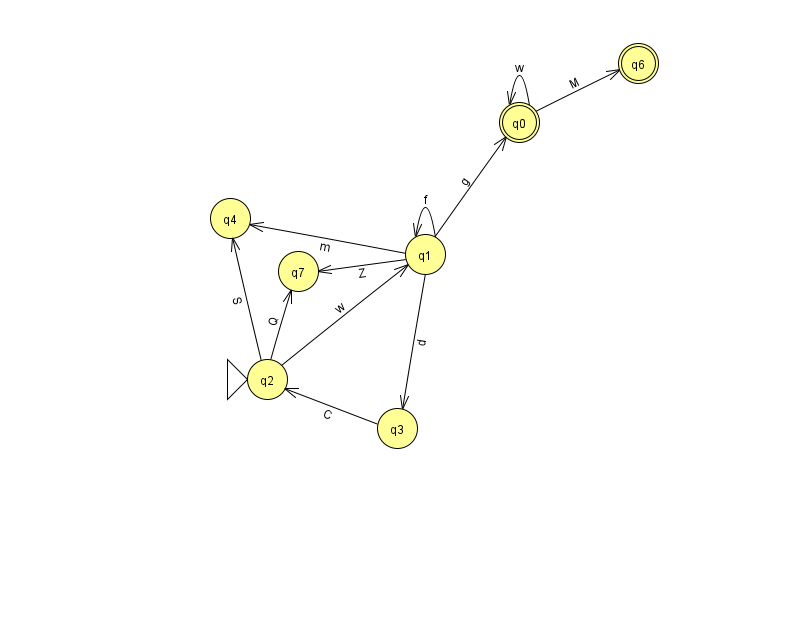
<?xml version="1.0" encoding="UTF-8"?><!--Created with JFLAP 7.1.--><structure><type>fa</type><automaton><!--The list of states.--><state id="0" name="q0"><x>519.0</x><y>109.0</y><final/></state><state id="1" name="q1"><x>425.0</x><y>241.0</y></state><state id="2" name="q2"><x>267.0</x><y>366.0</y><initial/></state><state id="3" name="q3"><x>397.0</x><y>415.0</y></state><state id="4" name="q4"><x>230.0</x><y>205.0</y></state><state id="6" name="q6"><x>638.0</x><y>50.0</y><final/></state><state id="7" name="q7"><x>298.0</x><y>258.0</y></state><!--The list of transitions.--><transition><from>2</from><to>4</to><read>S</read></transition><transition><from>1</from><to>0</to><read>g</read></transition><transition><from>1</from><to>4</to><read>m</read></transition><transition><from>1</from><to>7</to><read>Z</read></transition><transition><from>1</from><to>1</to><read>f</read></transition><transition><from>0</from><to>0</to><read>w</read></transition><transition><from>1</from><to>3</to><read>d</read></transition><transition><from>2</from><to>7</to><read>Q</read></transition><transition><from>3</from><to>2</to><read>C</read></transition><transition><from>0</from><to>6</to><read>M</read></transition><transition><from>2</from><to>1</to><read>w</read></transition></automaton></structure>